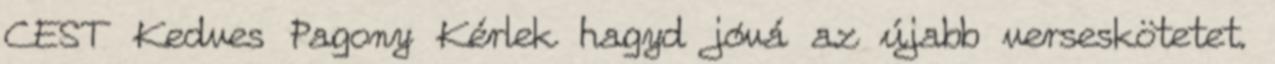
CEST Kedves Pagony Kérlek hagyd jóvá az újabb verseskötetet.